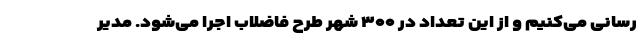
رسانی می‌کنیم و از این تعداد در ۳۰۰ شهر طرح فاضلاب اجرا می‌شود. مدیر